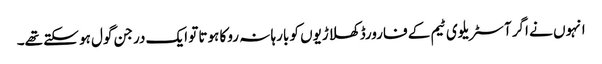
انہوں نے اگر آسٹریلوی ٹیم کے فارورڈ کھلاڑیوں کو بارہا نہ روکا ہوتا تو ایک درجن گول ہو سکتے تھے۔